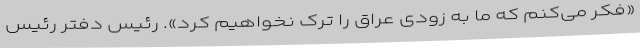
«فکر می‌کنم که ما به زودی عراق را ترک نخواهیم کرد». رئیس دفتر رئیس